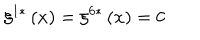
\xi ^ { 1 * } \left( x \right) = \xi ^ { 6 * } \left( x \right) = 0